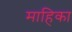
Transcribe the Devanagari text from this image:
माहिका